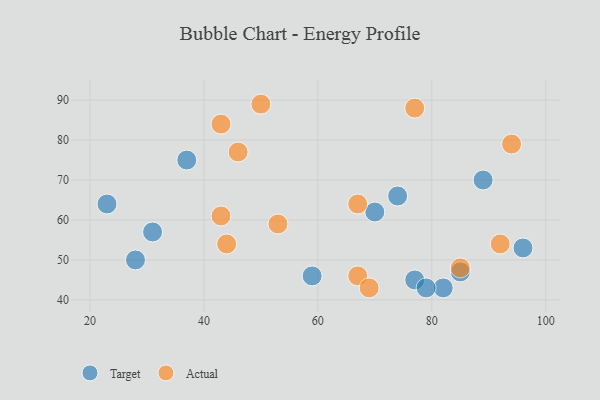
{"axis": {"x": "GDP", "y": "Life Expectancy"}, "legend": ["Actual", "Target"], "data": [{"x": "70", "y": 62, "type": "Target"}, {"x": "37", "y": 75, "type": "Target"}, {"x": "85", "y": 47, "type": "Target"}, {"x": "28", "y": 50, "type": "Target"}, {"x": "96", "y": 53, "type": "Target"}, {"x": "31", "y": 57, "type": "Target"}, {"x": "82", "y": 43, "type": "Target"}, {"x": "89", "y": 70, "type": "Target"}, {"x": "23", "y": 64, "type": "Target"}, {"x": "59", "y": 46, "type": "Target"}, {"x": "77", "y": 45, "type": "Target"}, {"x": "74", "y": 66, "type": "Target"}, {"x": "79", "y": 43, "type": "Target"}, {"x": "43", "y": 84, "type": "Actual"}, {"x": "50", "y": 89, "type": "Actual"}, {"x": "92", "y": 54, "type": "Actual"}, {"x": "67", "y": 64, "type": "Actual"}, {"x": "77", "y": 88, "type": "Actual"}, {"x": "67", "y": 46, "type": "Actual"}, {"x": "85", "y": 48, "type": "Actual"}, {"x": "46", "y": 77, "type": "Actual"}, {"x": "94", "y": 79, "type": "Actual"}, {"x": "69", "y": 43, "type": "Actual"}, {"x": "53", "y": 59, "type": "Actual"}, {"x": "43", "y": 61, "type": "Actual"}, {"x": "44", "y": 54, "type": "Actual"}]}